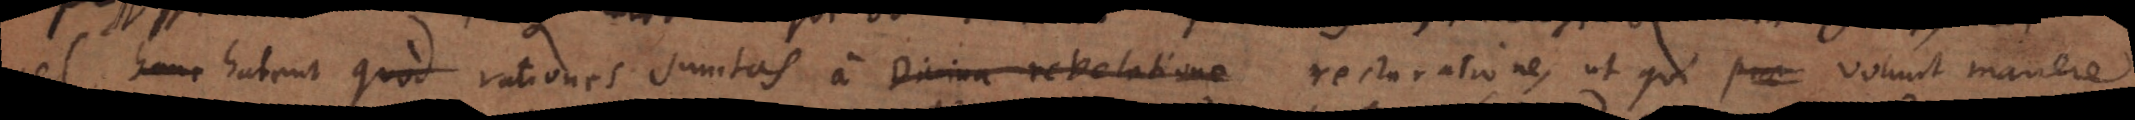
vel hanc habent rationes sumtas a Divina revelatione recta ratione, ut qui volunt manere